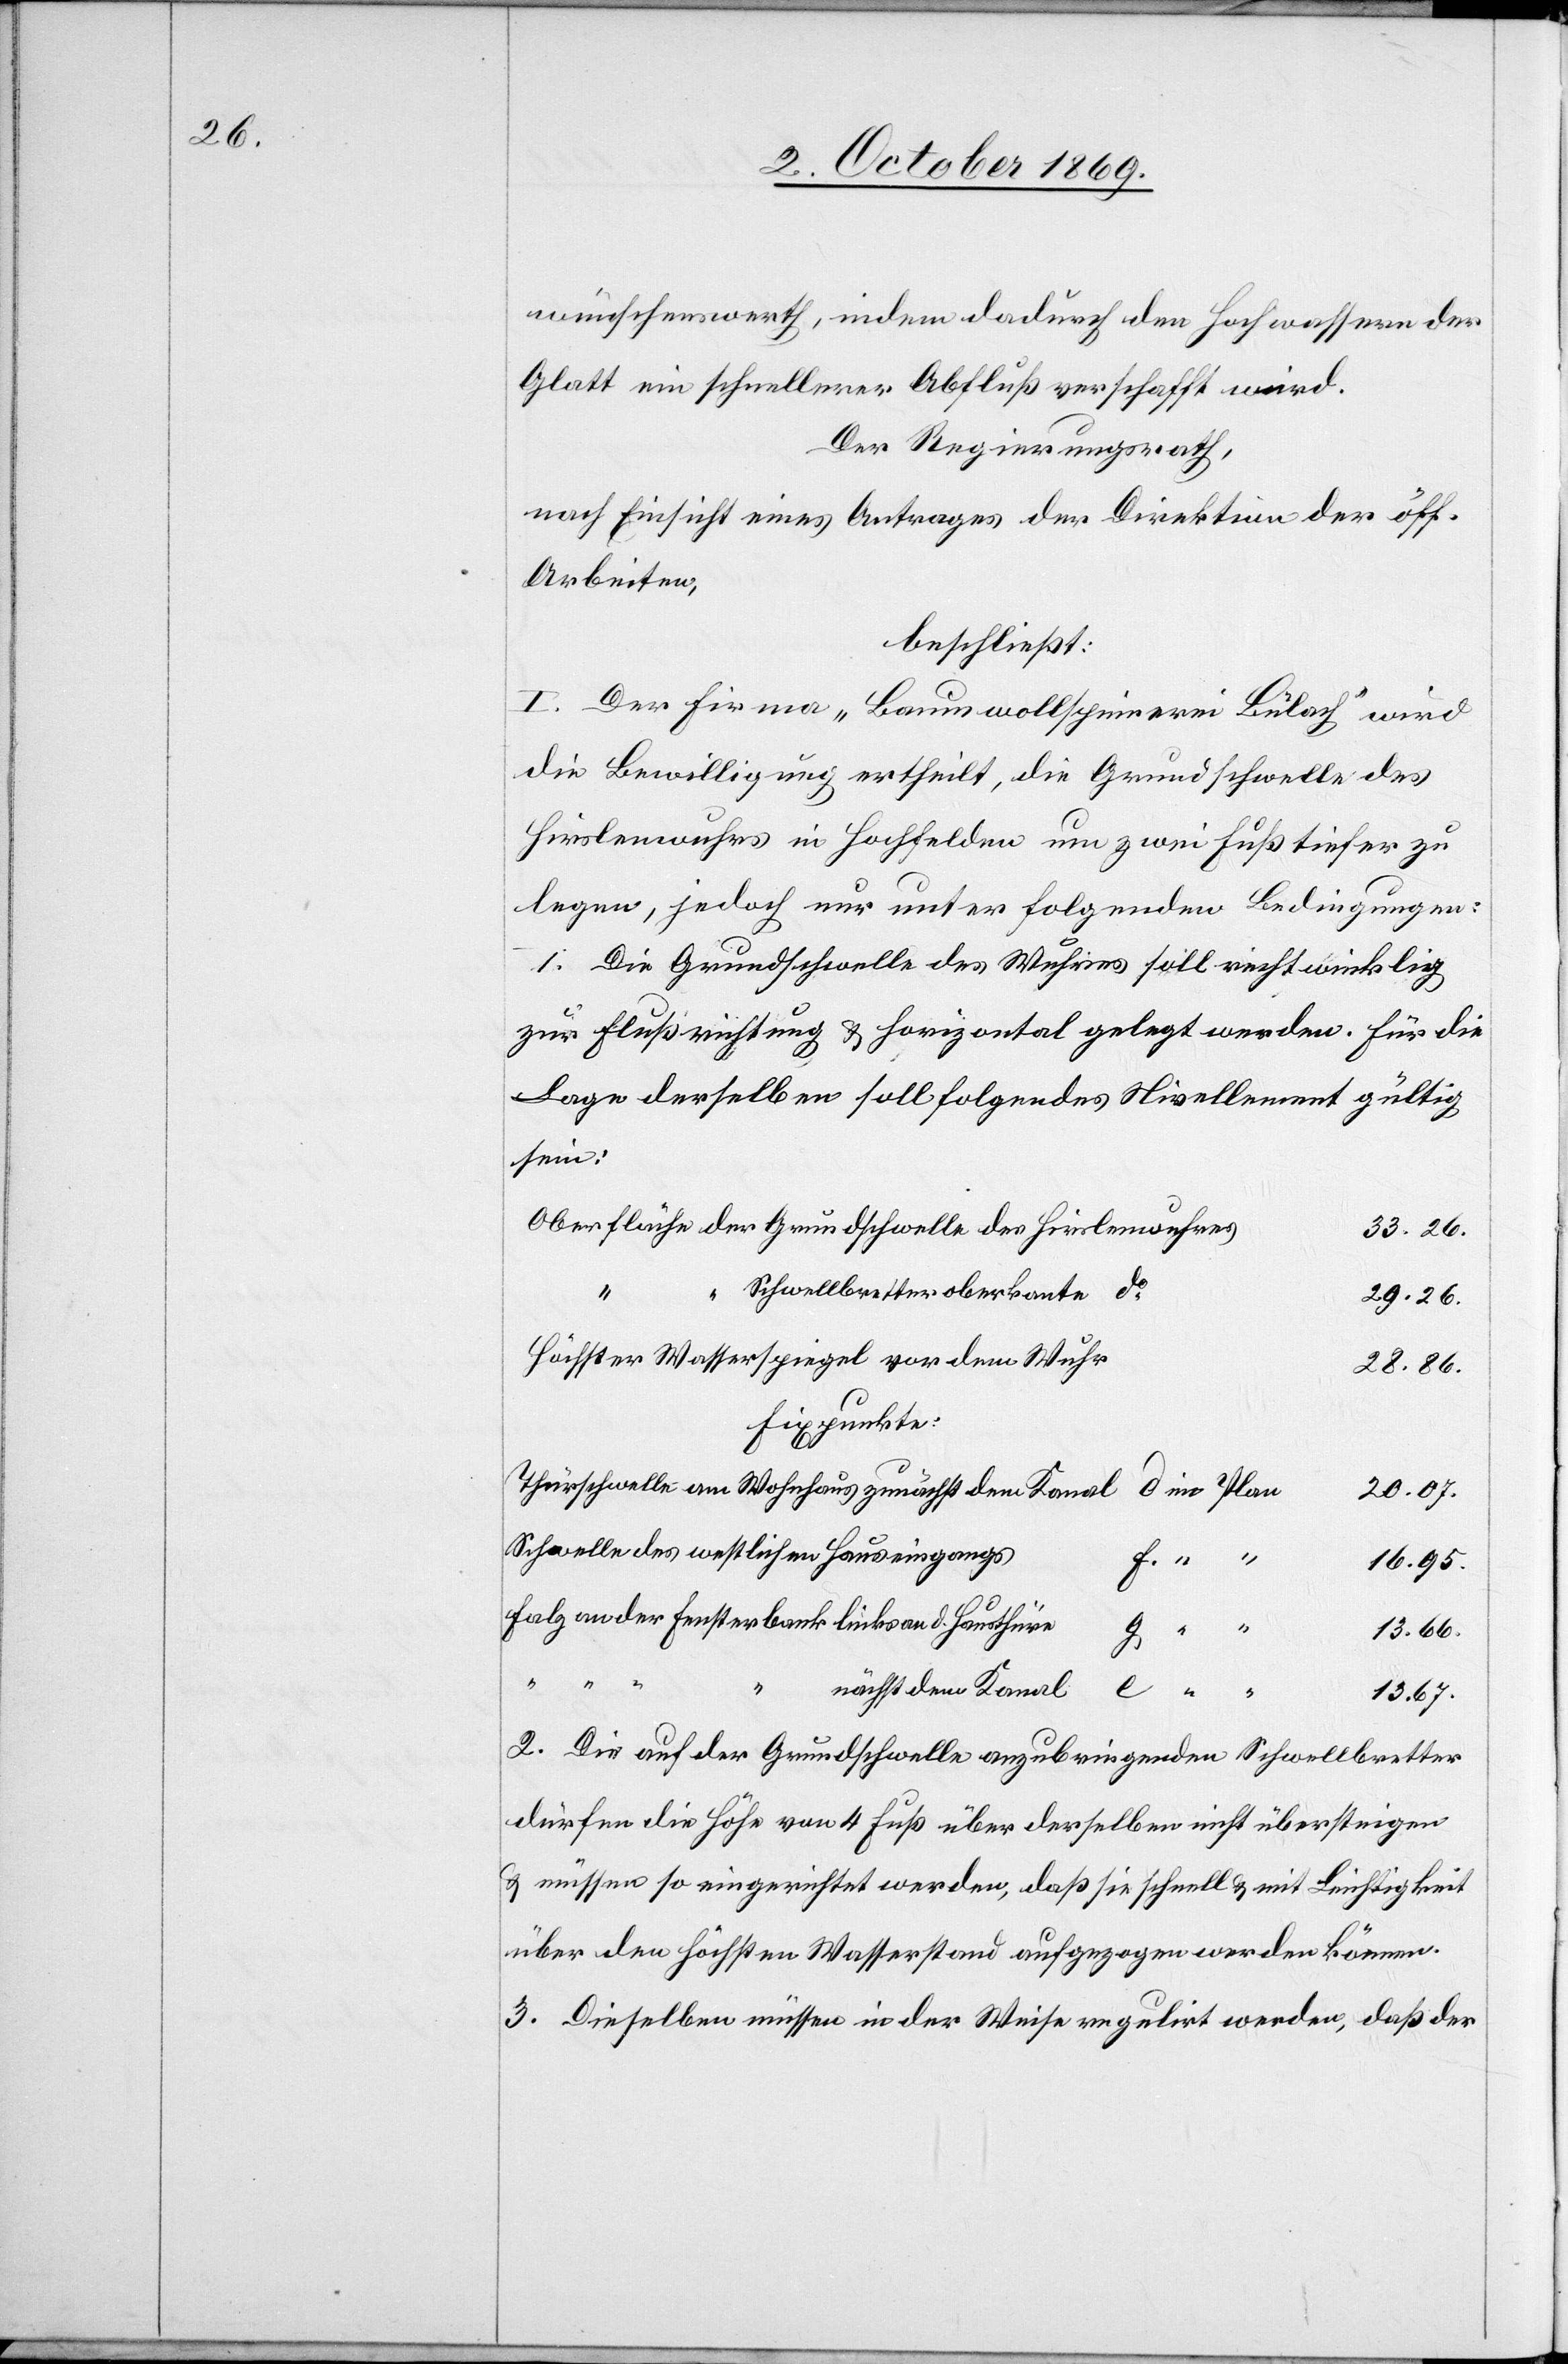
wünschenswerth, indem dadurch den Hochwassern der
Glatt ein schnellerer Abfluß verschafft wird.
Der Regierungsrath,
nach Einsicht eines Antrages der Direktion der öff.
Arbeiten,
beschließt:
I. Der Firma „Baumwollspinnerei Bülach“ wird
die Bewilligung ertheilt, die Grundschwelle des
Hirslenwuhrs in Hochfelden um zwei Fuß tiefer zu
legen, jedoch nur unter folgenden Bedingungen:
1. Die Grundschwelle des Wuhres soll rechtwinklig
zur Flußrichtung & horizontal gelegt werden. Für die
Lage derselben soll folgendes Nivellement gültig
sein:
Oberfläche der Grundschwelle des Hirslenwuhres
33.26.
Schwellbretteroberkante
do
29.26.
Höchster Wasserspiegel vor dem Wuhr
28.86.
Fixpunkte:
Thürschwelle am Wohnhaus zunächst dem Kanal d im Plan
20.07.
Schwelle des westlichen Hauseingangs
f. “
16.95.
Falz an der Fensterbank links an d. Hausthüre
13.66.
“ “ “
nächst dem Kanal
e “ “
13.67.
2. Die auf der Grundschwelle anzubringenden Schwellbretter
dürfen die Höhe von 4 Fuß über derselben nicht übersteigen
& müssen so eingerichtet werden, daß sie schnell & mit Leichtigkeit
über den höchsten Wasserstand aufgezogen werden können.
3. Dieselben müssen in der Weise regulirt werden, daß der